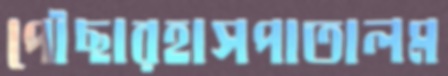
পৌছারহাসপাতালম